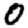
Digit: 0